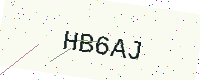
Text: HB6AJ